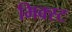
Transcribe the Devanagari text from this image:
मिक्स्ट